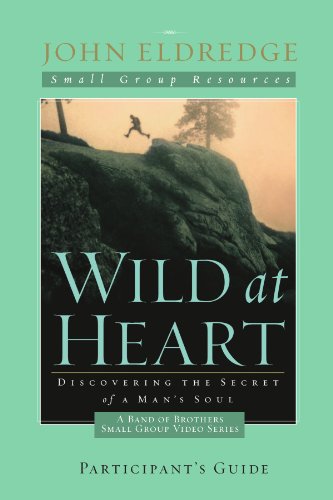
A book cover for Wild at Heart: A Band of Brothers Small Group Participant's Guide (Small Group Resources); John Eldredge; Christian Books & Bibles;